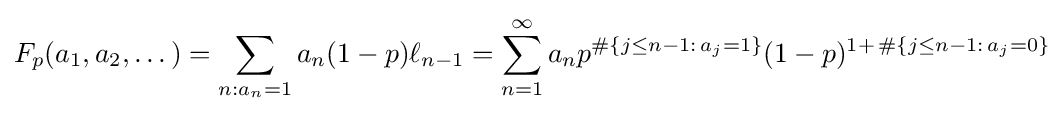
F_{p}(a_{1},a_{2},\dots )=\sum _{n:a_{n}=1}a_{n}(1-p)\ell _{n-1}=\sum _{n=1}^{\infty }a_{n}p^{\#\{j\leq n-1:\,a_{j}=1\}}(1-p)^{1+\,\#\{j\leq n-1:\,a_{j}=0\}}